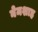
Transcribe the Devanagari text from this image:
नेमशाह